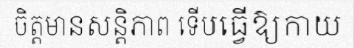
ចិត្តមានសន្តិភាព ទើបធ្វើឱ្យកាយ